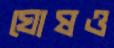
ঘোষও